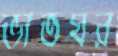
ভাতঘর